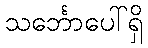
သင်္ဘောပေါ်ရှိ